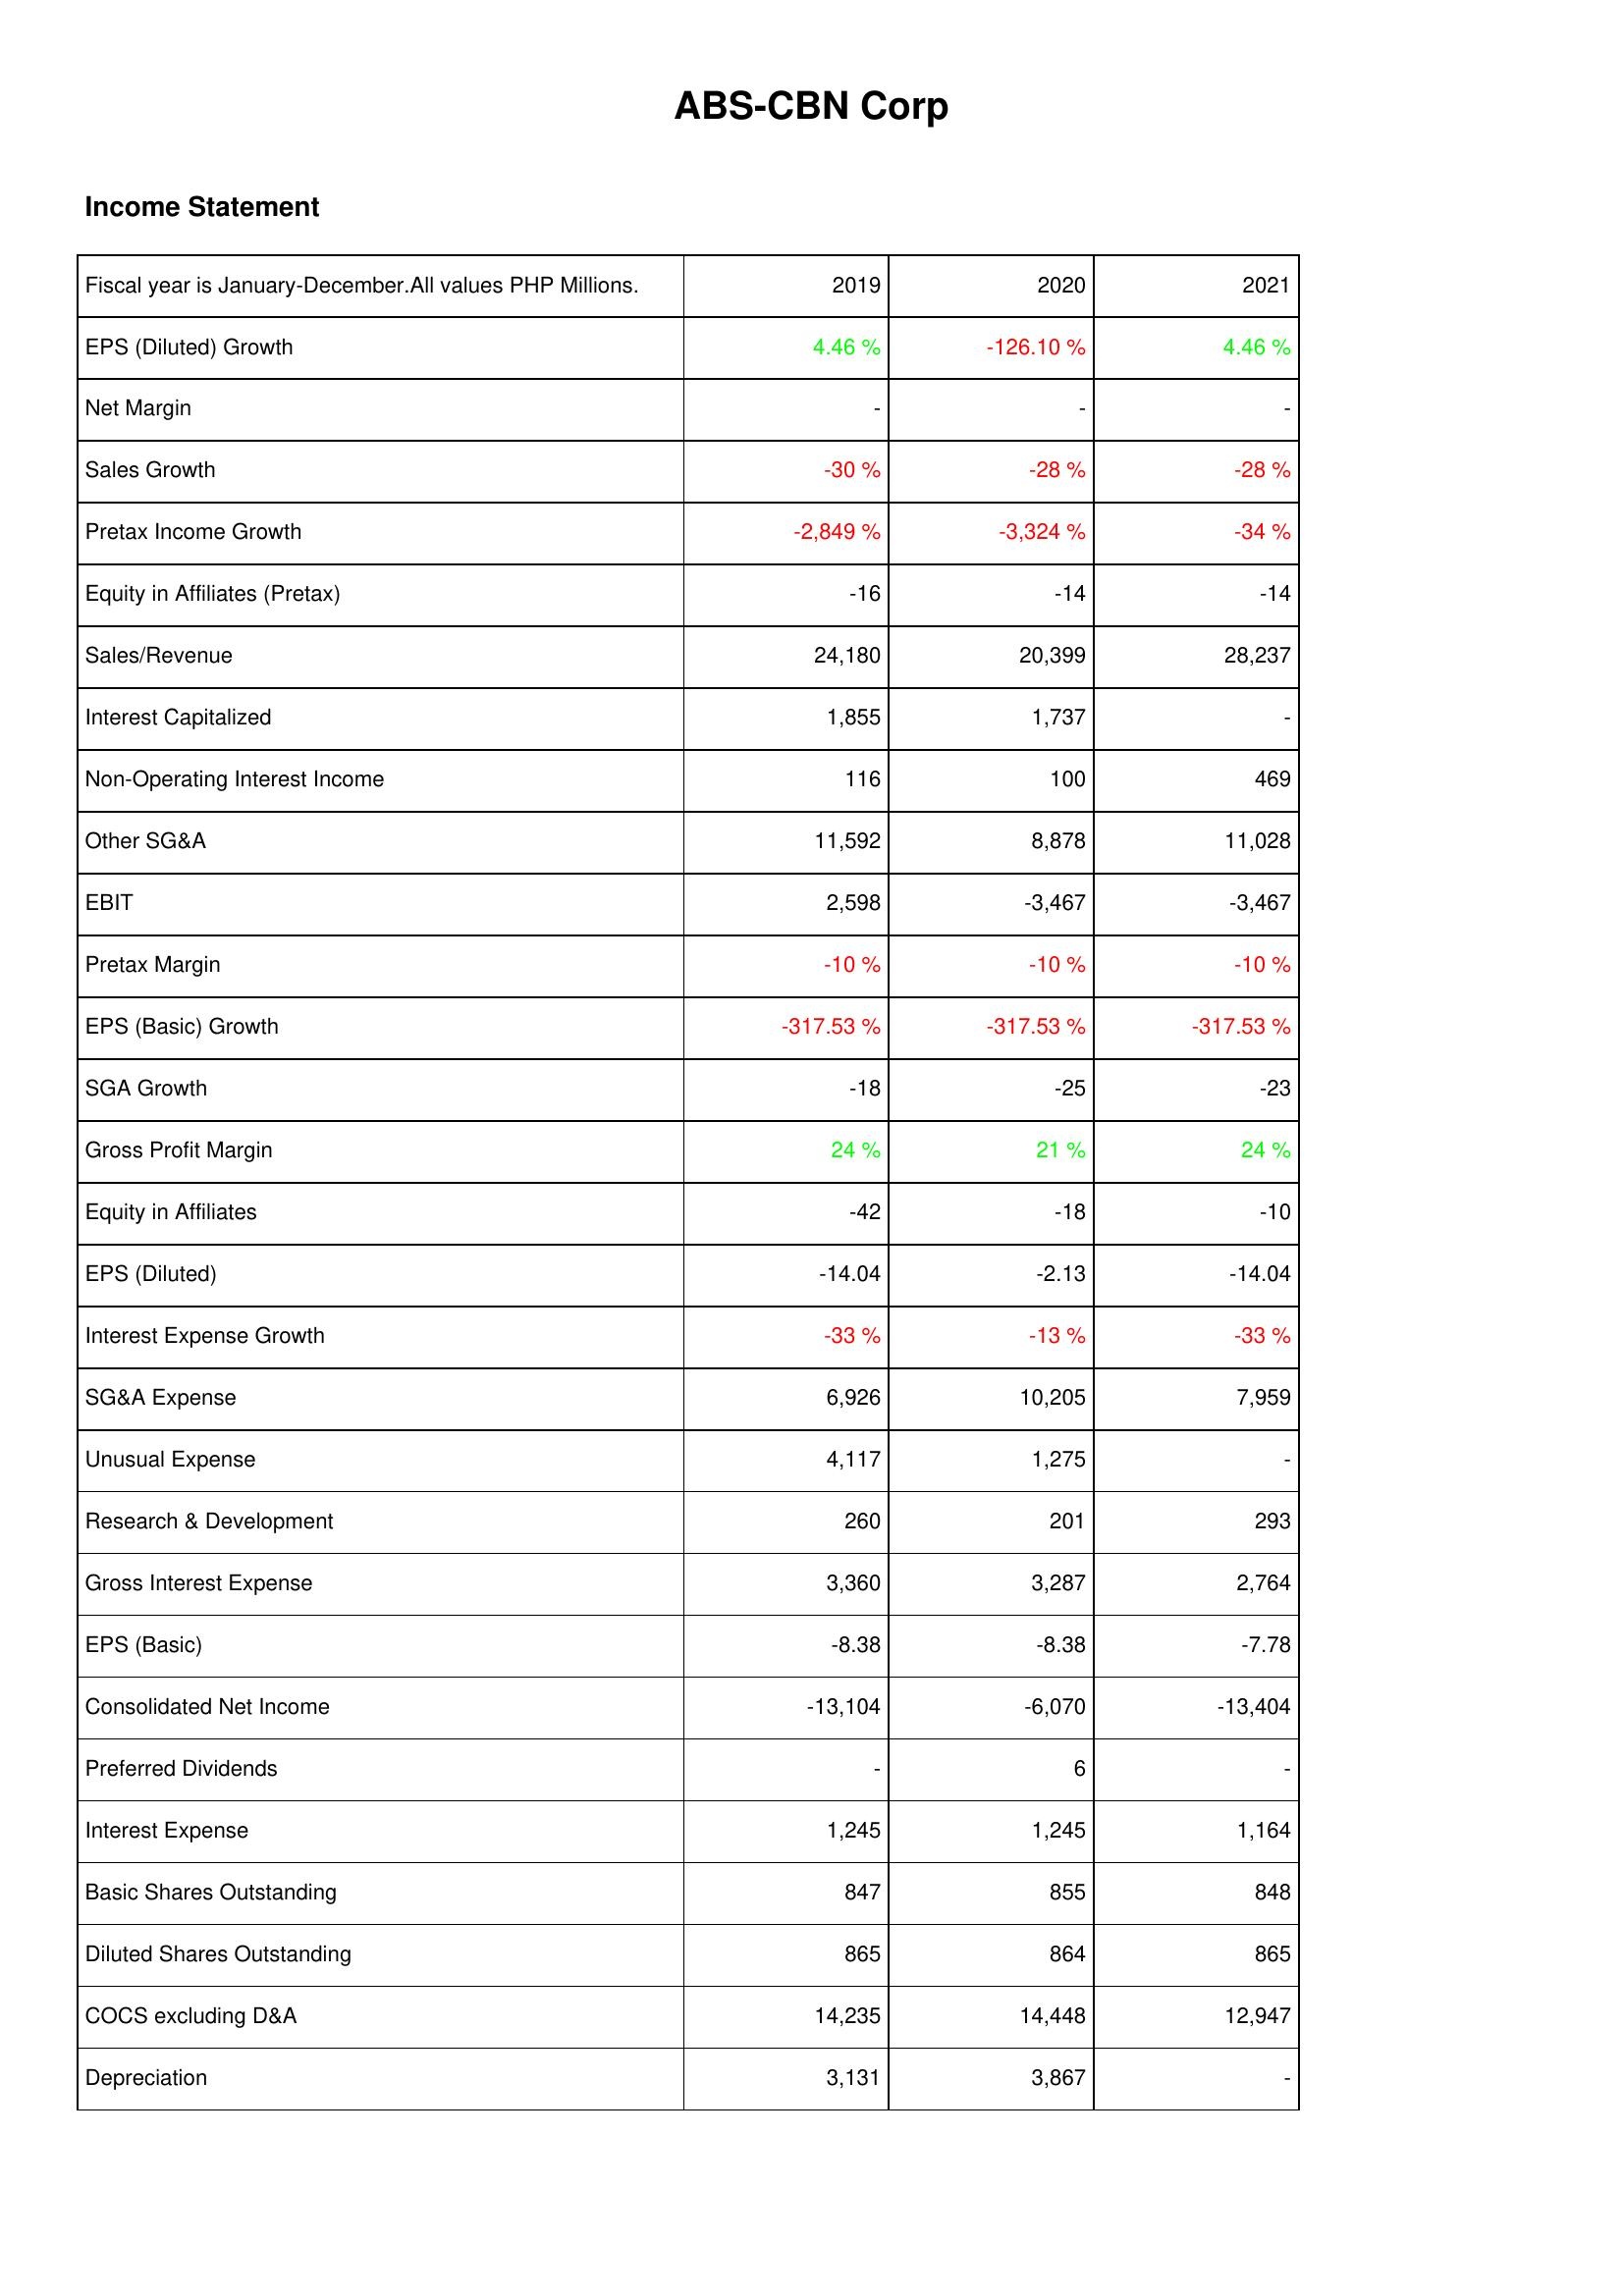
2019: Income Statement: EPS (Diluted) Growth: 4.46 %
Net Margin: -
Sales Growth: -30 %
Pretax Income Growth: -2,849 %
Equity in Affiliates (Pretax): -16
Sales/Revenue: 24,180
Interest Capitalized: 1,855
Non-Operating Interest Income: 116
Other SG&A: 11,592
EBIT: 2,598
Pretax Margin: -10 %
EPS (Basic) Growth: -317.53 %
SGA Growth: -18
Gross Profit Margin: 24 %
Equity in Affiliates: -42
EPS (Diluted): -14.04
Interest Expense Growth: -33 %
SG&A Expense: 6,926
Unusual Expense: 4,117
Research & Development: 260
Gross Interest Expense: 3,360
EPS (Basic): -8.38
Consolidated Net Income: -13,104
Preferred Dividends: -
Interest Expense: 1,245
Basic Shares Outstanding: 847
Diluted Shares Outstanding: 865
COCS excluding D&A: 14,235
Depreciation: 3,131
2020: Income Statement: EPS (Diluted) Growth: -126.10 %
Net Margin: -
Sales Growth: -28 %
Pretax Income Growth: -3,324 %
Equity in Affiliates (Pretax): -14
Sales/Revenue: 20,399
Interest Capitalized: 1,737
Non-Operating Interest Income: 100
Other SG&A: 8,878
EBIT: -3,467
Pretax Margin: -10 %
EPS (Basic) Growth: -317.53 %
SGA Growth: -25
Gross Profit Margin: 21 %
Equity in Affiliates: -18
EPS (Diluted): -2.13
Interest Expense Growth: -13 %
SG&A Expense: 10,205
Unusual Expense: 1,275
Research & Development: 201
Gross Interest Expense: 3,287
EPS (Basic): -8.38
Consolidated Net Income: -6,070
Preferred Dividends: 6
Interest Expense: 1,245
Basic Shares Outstanding: 855
Diluted Shares Outstanding: 864
COCS excluding D&A: 14,448
Depreciation: 3,867
2021: Income Statement: EPS (Diluted) Growth: 4.46 %
Net Margin: -
Sales Growth: -28 %
Pretax Income Growth: -34 %
Equity in Affiliates (Pretax): -14
Sales/Revenue: 28,237
Interest Capitalized: -
Non-Operating Interest Income: 469
Other SG&A: 11,028
EBIT: -3,467
Pretax Margin: -10 %
EPS (Basic) Growth: -317.53 %
SGA Growth: -23
Gross Profit Margin: 24 %
Equity in Affiliates: -10
EPS (Diluted): -14.04
Interest Expense Growth: -33 %
SG&A Expense: 7,959
Unusual Expense: -
Research & Development: 293
Gross Interest Expense: 2,764
EPS (Basic): -7.78
Consolidated Net Income: -13,404
Preferred Dividends: -
Interest Expense: 1,164
Basic Shares Outstanding: 848
Diluted Shares Outstanding: 865
COCS excluding D&A: 12,947
Depreciation: -